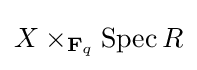
X\times _{\mathbf {F} _{q}}\operatorname {Spec} R